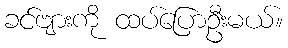
ခင်ဗျားကို ထပ်ပြောဦးမယ်။